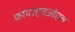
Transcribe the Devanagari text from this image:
फायरएचओएल